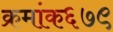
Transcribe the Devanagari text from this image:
क्रमांक६७९